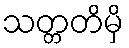
သတ္တတိမှိ